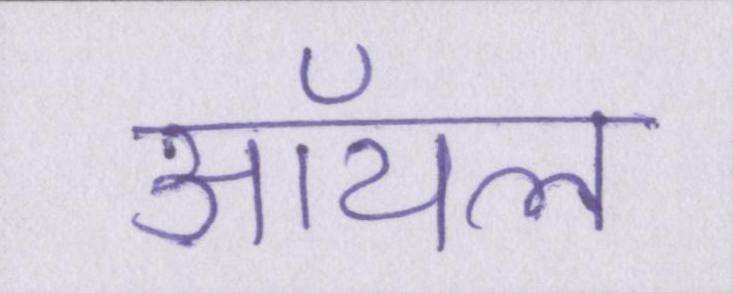
ऑयल